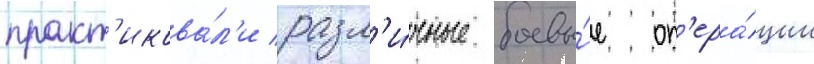
практ'икова́л'и разл'и́чные боевы́е оп'ера́ции